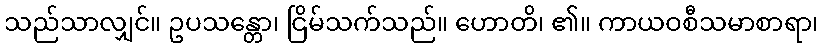
သည်သာလျှင်။ ဥပသန္တော၊ ငြိမ်သက်သည်။ ဟောတိ၊ ၏။ ကာယဝစီသမာစာရာ၊